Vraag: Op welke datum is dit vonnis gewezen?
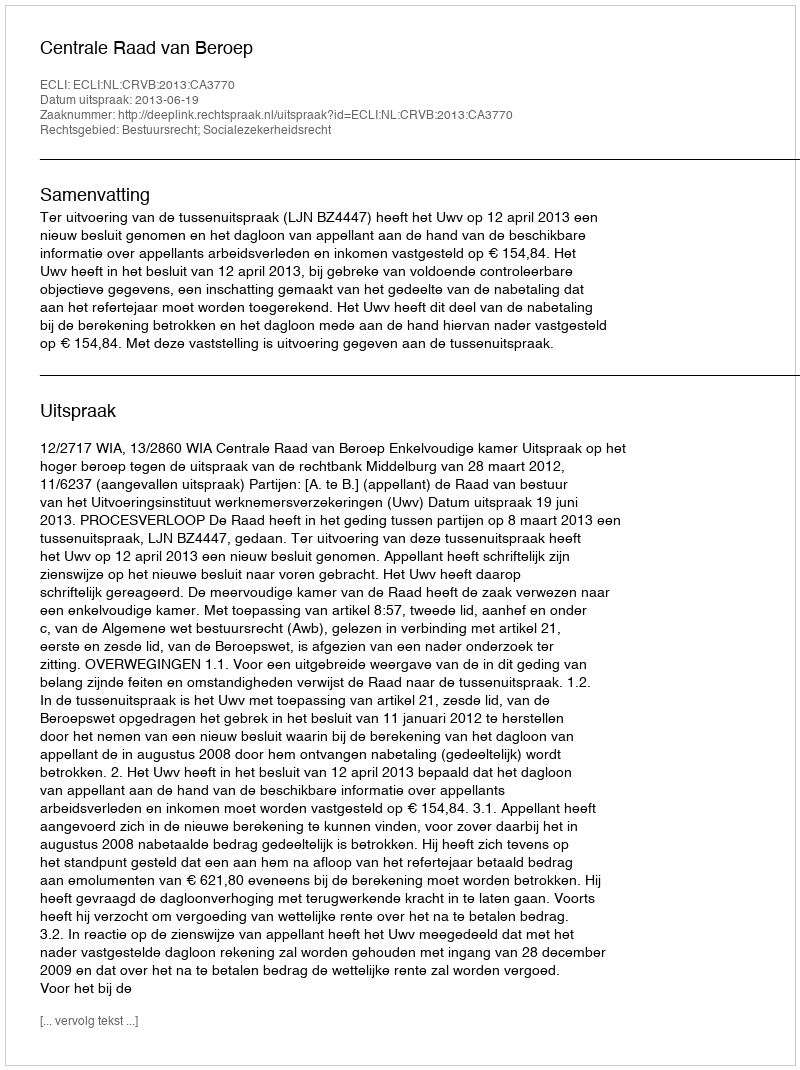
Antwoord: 2013-06-19